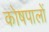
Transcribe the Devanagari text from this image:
कोषपालों